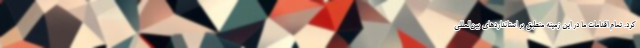
کرد. تمام اقدامات ما در این زمینه منطبق بر استانداردهای بین‌المللی